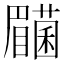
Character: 𭿰